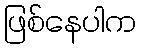
ဖြစ်နေပါက